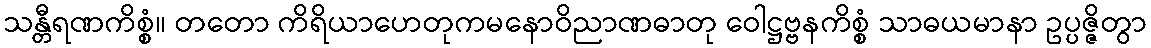
သန္တီရဏကိစ္စံ။ တတော ကိရိယာဟေတုကမနောဝိညာဏဓာတု ဝေါဋ္ဌဗ္ဗနကိစ္စံ သာဓယမာနာ ဥပ္ပဇ္ဇိတွာ